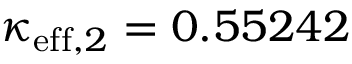
\kappa _ { \mathrm { e f f } , 2 } = 0 . 5 5 2 4 2